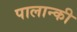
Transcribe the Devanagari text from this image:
पालान्की